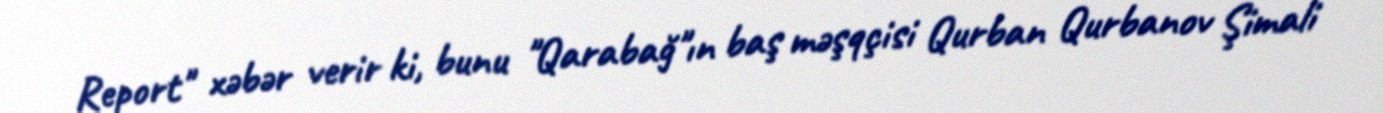
Report" xəbər verir ki, bunu "Qarabağ"ın baş məşqçisi Qurban Qurbanov Şimali